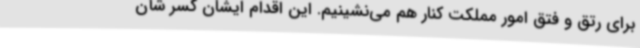
برای رتق و فتق امور مملکت کنار هم می‌نشینیم. این اقدام ایشان کسر شأن